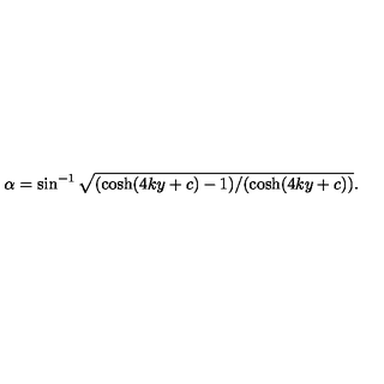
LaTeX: \alpha = \sin ^ { - 1 } \sqrt { ( \cosh ( 4 k y + c ) - 1 ) / ( \cosh ( 4 k y + c ) ) } .